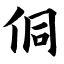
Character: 侗